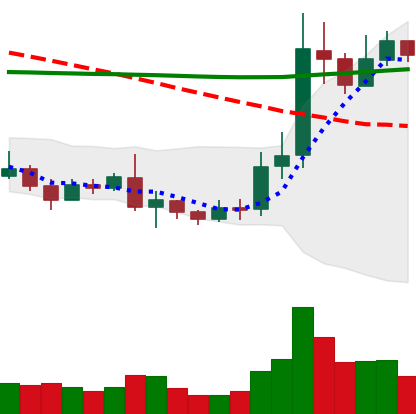
Ticker: ETC-USD
Chart end date: 2019-08-27
Forward return: -12.869%
Label: down_7plus